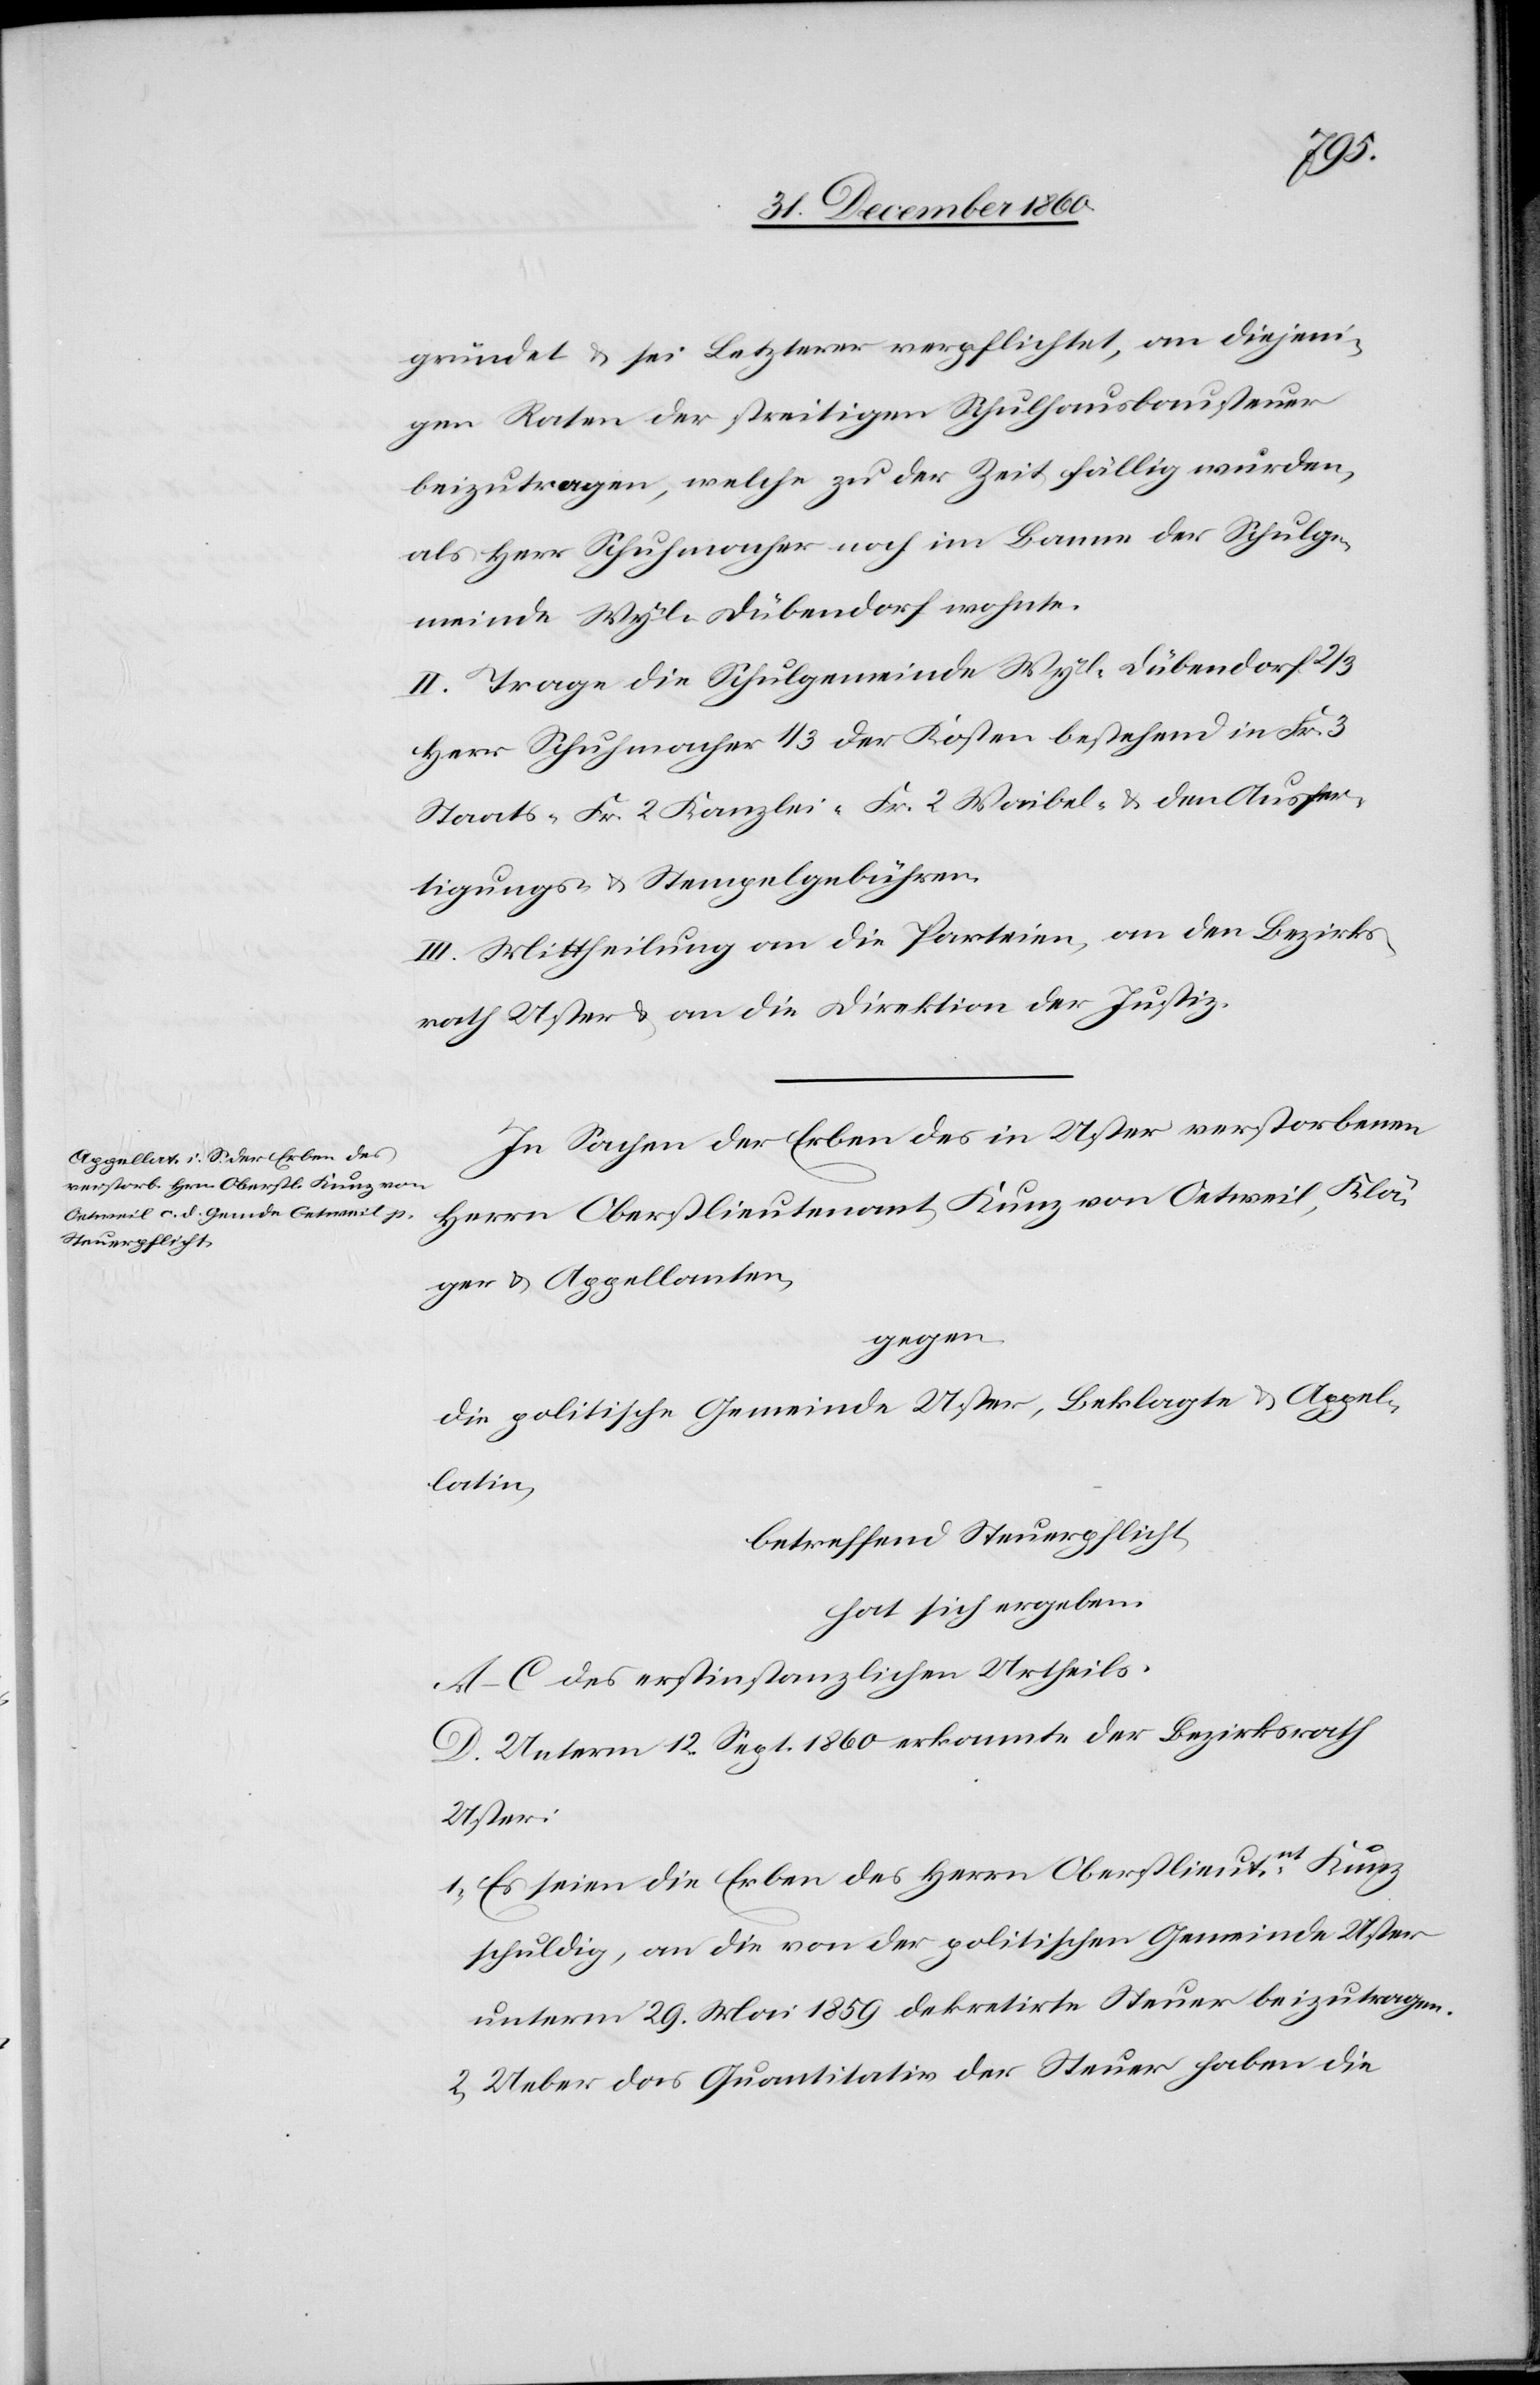
gründet u. sei Letzterer verpflichtet, an diejeni¬
gen Raten der streitigen Schulhausbausteuer
beizutragen, welche zu der Zeit fällig wurden,
als Herr Schuhmacher noch im Banne der Schulge¬
meinde Wyl-Dübendorf wohnte.
II. Trage die Schulgemeinde Wyl-Dübendorf 2/3
Herr Schuhmacher 1/3 der Kosten bestehend in Fr. 3
Staats-[,] Fr. 2 Kanzlei-[,] Fr. 2 Waibel- u. den Ausfer¬
tigungs- u. Stempelgebühren.
III. Mittheilung an die Parteien, an den Bezirks¬
rath Uster u. an die Direktion der Justiz.
In Sachen der Erben des in Uster verstorbenen
Herrn Oberstlieutenant Kunz von Oetweil, Klä¬
ger u. Appellanten,
gegen
die politische Gemeinde Uster, Beklagte u. Appel¬
latin,
betreffend Steuerpflicht
hat sich ergeben:
A–C des erstinstanzlichen Urtheils.
D. Unterm 12. Sept. 1860 erkannte der Bezirksrath
Uster:
1. Es seien die Erben des Herrn Oberstlieutnt Kunz
schuldig, an die von der politischen Gemeinde Uster
unterm 29. Mai 1859 dekretirte Steuer einzutragen.
2. Ueber das Quantitativ der Steuer haben die